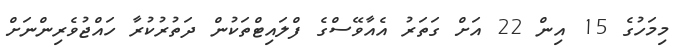
މިމަހުގެ 15 އިން 22 އަށް ގަތަރު އެއާވޭސްގެ ފްލައިޓްތަކުން ދަތުރުކުރާ ހައްޖުވެރިންނަށް